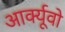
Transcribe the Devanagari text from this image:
आर्क्यूवो